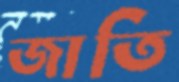
জাতি